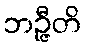
ဘဉ္ဇီတိ